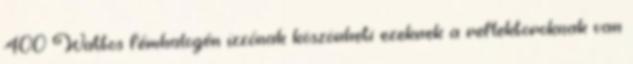
400 Wattos fémhalogén izzónak köszönheti ezeknek a reflektoroknak van